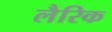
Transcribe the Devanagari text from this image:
लैरिक